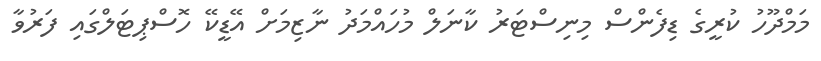
މަމްދޫހު ކުރީގެ ޑިފެންސް މިނިސްޓަރު ކާނަލް މުހައްމަދު ނާޒިމަށް އޭޑީކޭ ހޮސްޕިޓަލްގައި ފަރުވާ